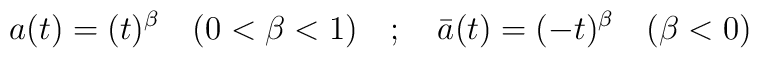
a(t) = (t)^{\beta} \quad (0 <\beta < 1) \quad ; \quad \bar a(t)=(-t)^{\beta} \quad (\beta <0)